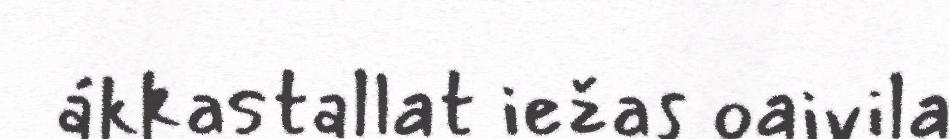
ákkastallat iežas oaivila